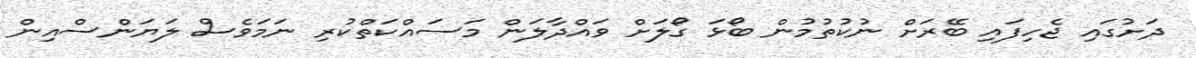
ދަށުގައި ޖެހިފައި ބޭރަށް ނުކުތުމުން ބޯޅަ ގޯލަށް ވައްދާލަން މަސައްކަތްކުރި ނަމަވެސް ލަޔަންސްއިން